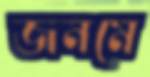
জনমে